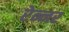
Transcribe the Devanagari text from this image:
रेन्नर